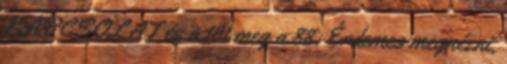
KAPCSOLAT és a 101 meg a 88. Érdemes megnézni,